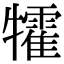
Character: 𤜅